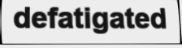
defatigated